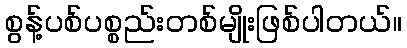
စွန့်ပစ်ပစ္စည်းတစ်မျိုးဖြစ်ပါတယ်။